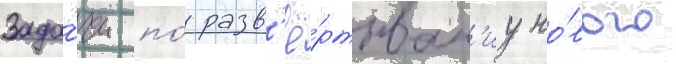
Зада́чи по́ разв'ё́ртыван'иу но́вого